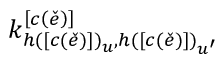
k _ { h \left( \left[ c \left( \check { e } \right) \right] \right) _ { u } , h \left( \left[ c \left( \check { e } \right) \right] \right) _ { u ^ { \prime } } } ^ { \left[ c \left( \check { e } \right) \right] }